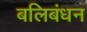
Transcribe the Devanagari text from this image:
बलिबंधन